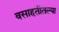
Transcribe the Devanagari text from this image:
वसाहतीतल्या